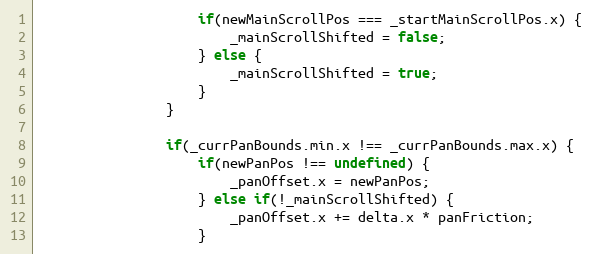
Language: JavaScript
					if(newMainScrollPos === _startMainScrollPos.x) {
						_mainScrollShifted = false;
					} else {
						_mainScrollShifted = true;
					}
				}

				if(_currPanBounds.min.x !== _currPanBounds.max.x) {
					if(newPanPos !== undefined) {
						_panOffset.x = newPanPos;
					} else if(!_mainScrollShifted) {
						_panOffset.x += delta.x * panFriction;
					}